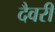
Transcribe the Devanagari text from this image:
दैवरी